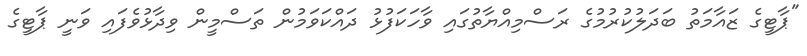
"ޕާޓީގެ ޒައާމަތު ބަދަލުކުރުމުގެ ރަސްމިއްޔާތުގައި ވާހަކަފުޅު ދައްކަވަމުން ތަސްމީން ވިދާޅުވެފައި ވަނީ ޕާޓީގެ